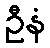
ဦနံ